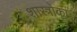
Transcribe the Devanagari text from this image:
शास्त्रोकां